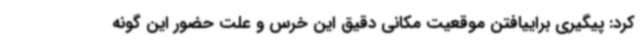
کرد: پیگیری براییافتن موقعیت مکانی دقیق این خرس و علت حضور این گونه